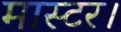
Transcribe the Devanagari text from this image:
मास्‍टर।